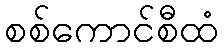
စစ်ကောင်စီထံ